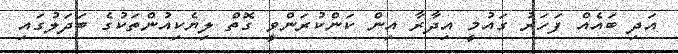
އަދި ބައެއް ފަހަރު ގައުމީ އިދާރާ އިން ކަންކުރަންވީ ގޮތް ލިޔެކިއުންތަކުގެ ބަދަލުގައި